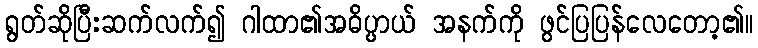
ရွတ်ဆိုပြီးဆက်လက်၍ ဂါထာ၏အဓိပ္ပာယ် အနက်ကို ဖွင်ပြပြန်လေတော့၏။